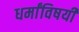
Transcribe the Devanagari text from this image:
धर्मांविषयी